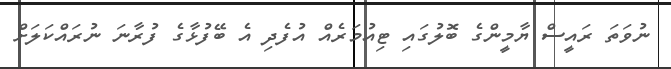
ނުވަތަ ރައީސް ޔާމީންގެ ބޮލުގައި ޓިއުމަރެއް އުފެދި އެ ބޭފުޅާގެ ފުރާނަ ނުރައްކަލަށް